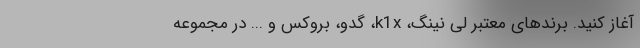
آغاز کنید. برندهای معتبر لی نینگ، k1x، گدو، بروکس و ... در مجموعه